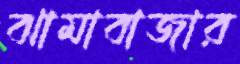
ঝামাবাজার